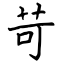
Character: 苛